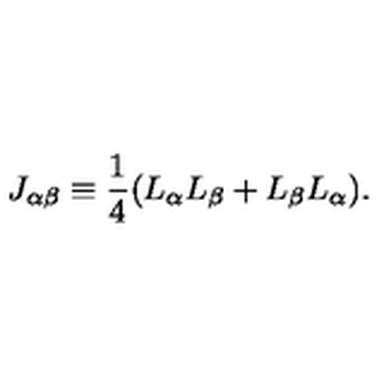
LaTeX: J _ { \alpha \beta } \equiv \frac { 1 } { 4 } ( L _ { \alpha } L _ { \beta } + L _ { \beta } L _ { \alpha } ) .